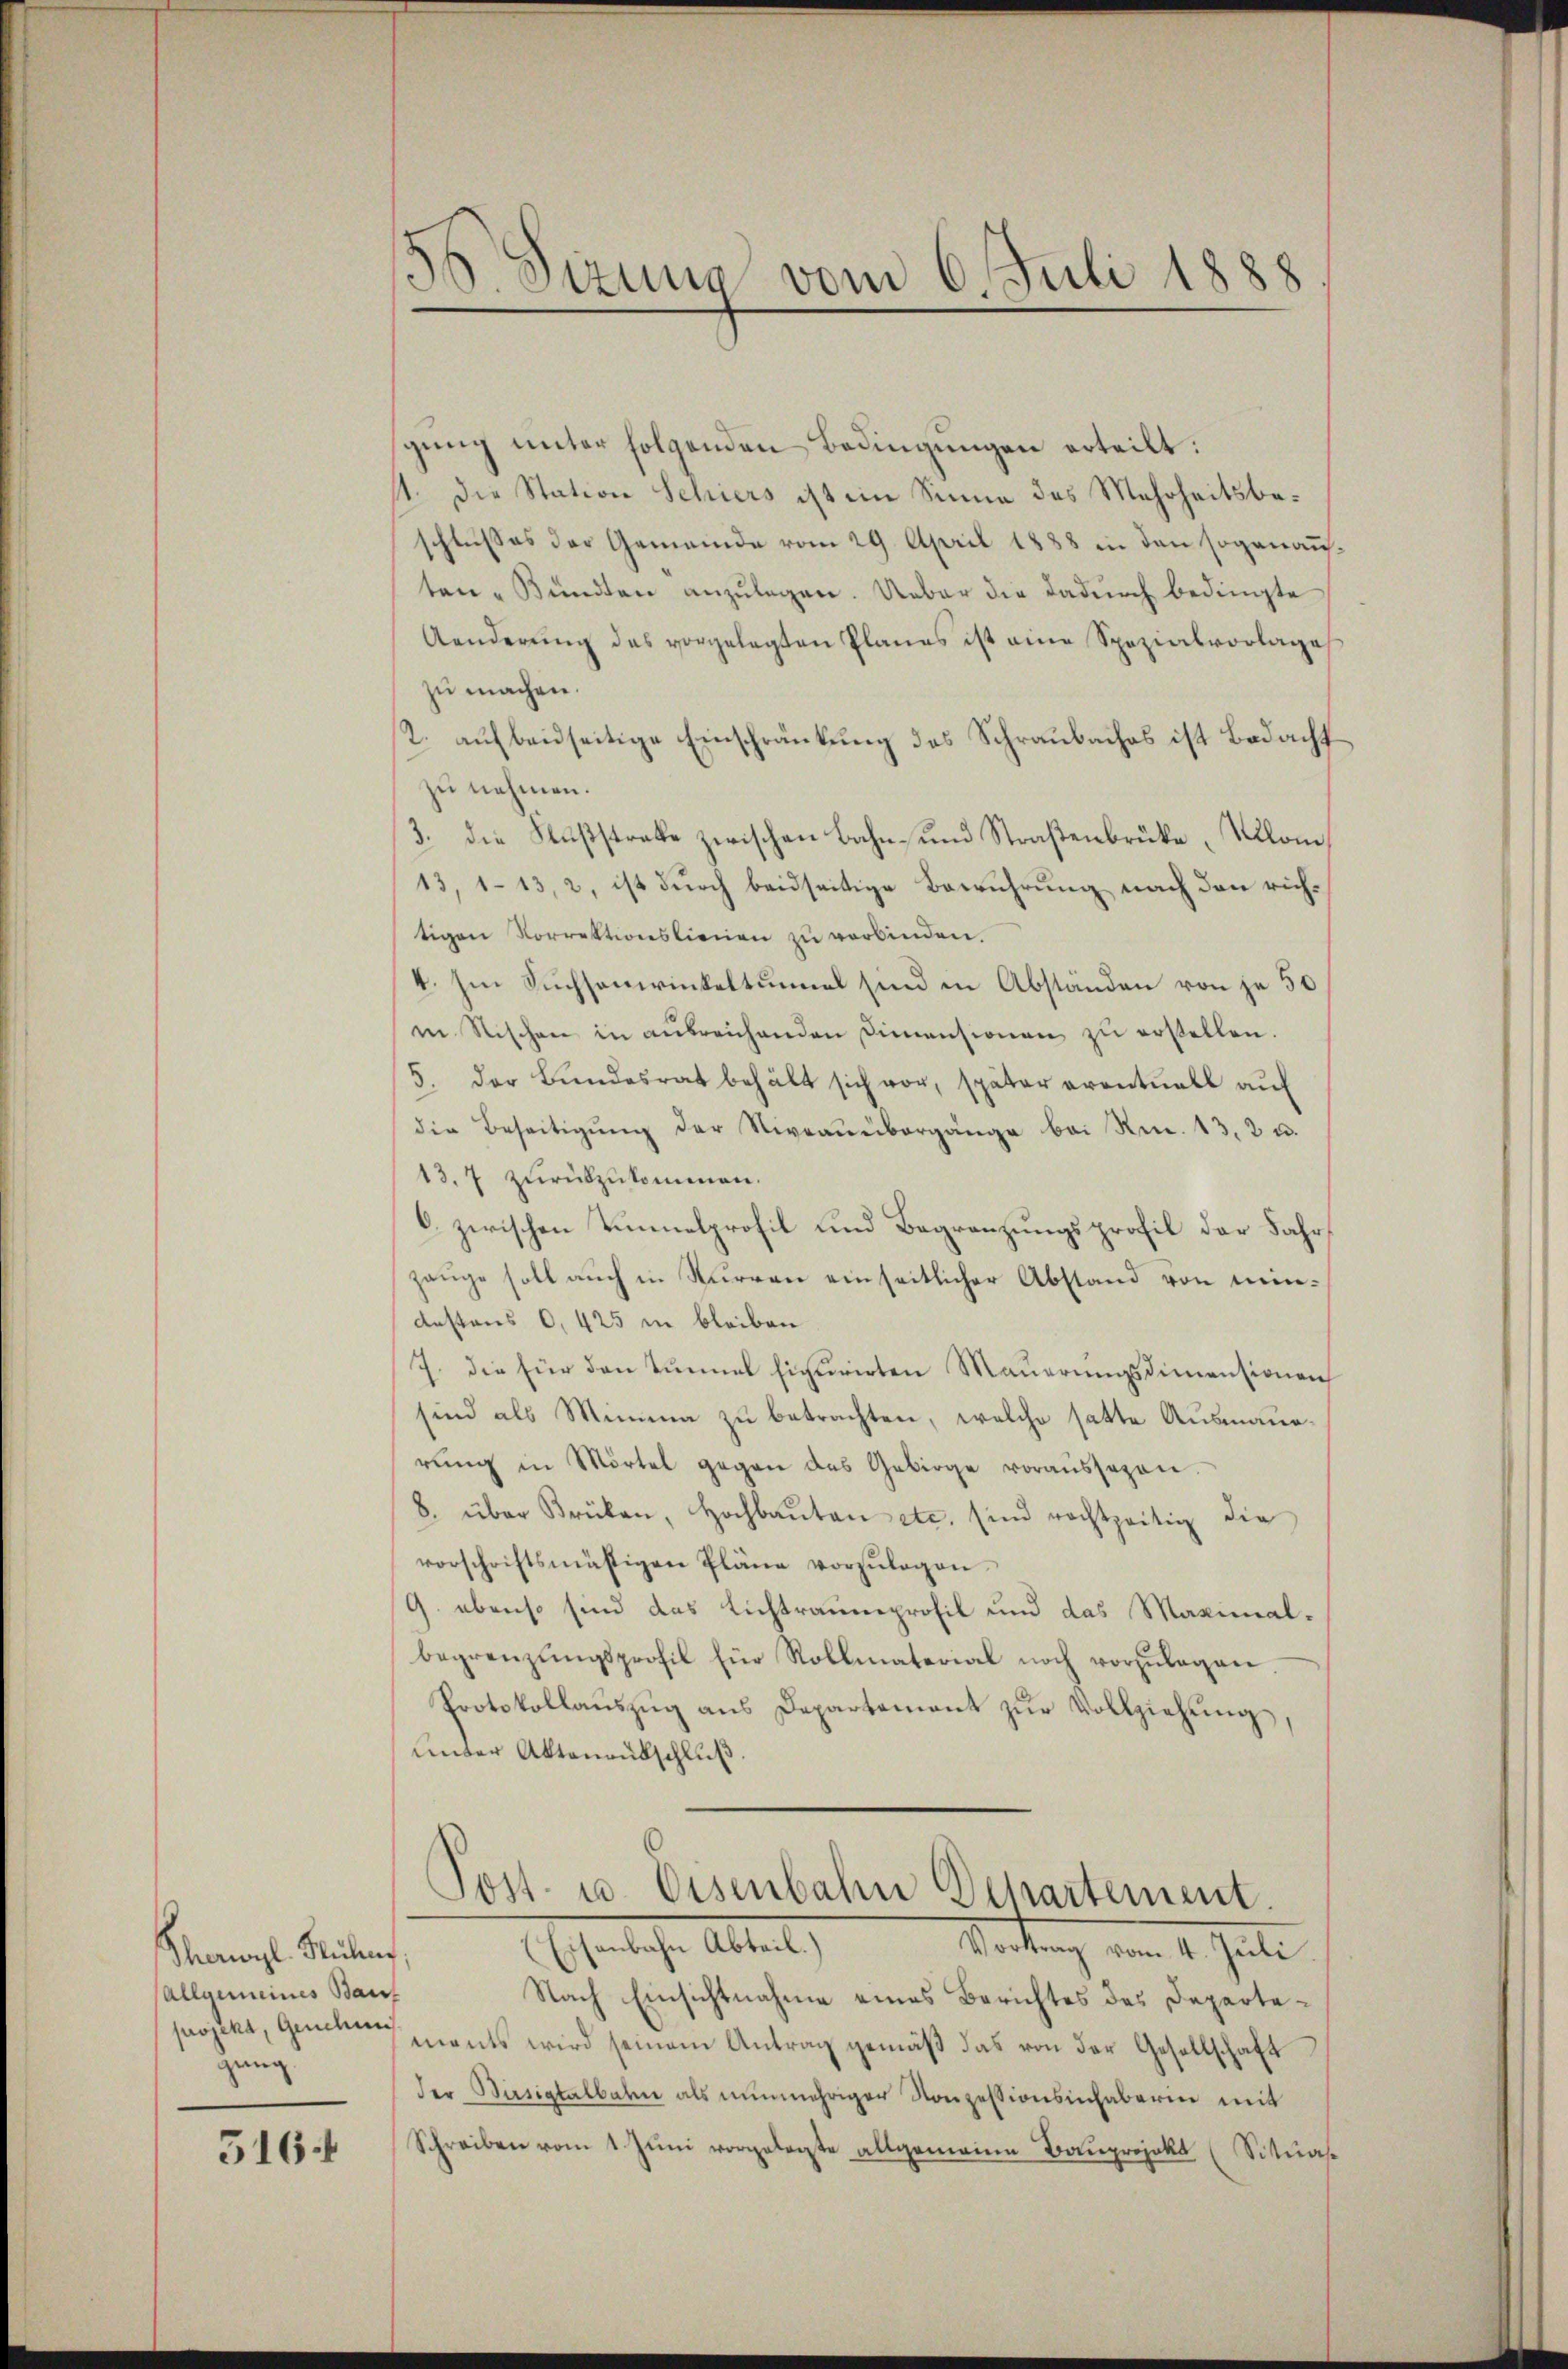
Thorwyl Rüber
Allgemeines Bauf
projekt, Genehmi
gang

5164

gung unter folgenden Bedingungen erteilt:
11. Die Station Schiers ist im Sinne des Mehrheitsbeschlußes der Gemeinde vom 29. April 1888 in den sogenausten-Bündten anzŭlegen. Ueber die dadurch bedingte
Aenderŭng des vorgelegten Planes ist eine Spezialvorlage
zu machen.
2. aŭf beidseitige Einschränkung des Schraŭbaches ist Bedacht
zu nehmen.
3. die Nußstrabe zwischen Bahn- und Straßenbrücke Kilom
13, 113, 2, ist durch beidseitige Berührung nach den richtigen Vorrektionslienen zu verbinden.
4. Im Suchsamrinkeltummel sind in Abständen von je 50
i Nischen in aŭsreichenden Dimensionen zŭ erstellen.
5. der Bŭndesrat behält sich vor, später eventuell auf
die Beseitigŭng der Niveaŭübergänge bei Rm. 13, 2 u.
13.7 zurückzukommen.
6 zwischen Tunnelprofil und Begränzungsprofil der Fahrzeuge soll auch in Kurren einseitlicher Abstand von mindestens 0,425 in bleiben
J. die für den Tunnel figurirten Mauerungsdimensionen
sind als Minima zu betrachten, welche hatte Ausmanrŭng in Mörtel gegen das Gebirge voraŭssezen.
8. über Brüken, Hochbaŭten etc. sind rechtzeitig die
vorschriftsmäsigen Pläne vorzŭlegen.
9. ebenso sind das Lichtraumprofil und das Maximalbegrenzŭngsprofil für Rollmaterial noch vorzŭlegen.
Protokollaŭszŭg ans Departement zŭr Vollziehŭng,
unter Aktenausschluß.

56 Sizung vom 6. Juli 1888

Post- u. Eisenbahn Departement.
Eheliche Abtret
Portung vom 4. Juli

Nach Einsichtnahme eines Berichtes des Departements wird seinem Antrag gemäß das von der Gesellschaft
der Bisigtalbahn als nunmehrigen Konzessionsinhaberin mit
Schreiben vom 1. Jŭni vorgelegte allgemeine Bauprojekt (Situas